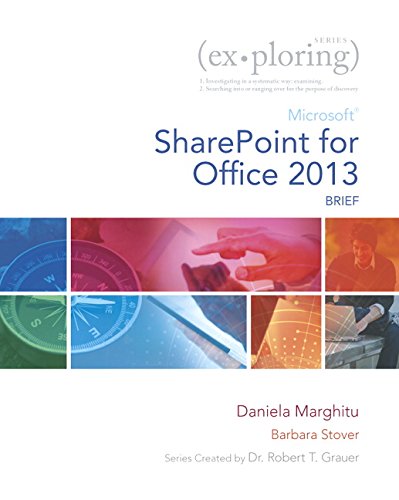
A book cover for Exploring Microsoft SharePoint for Office 2013, Brief (Exploring for Office 2013); Daniela Marghitu; Computers & Technology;